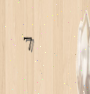
7